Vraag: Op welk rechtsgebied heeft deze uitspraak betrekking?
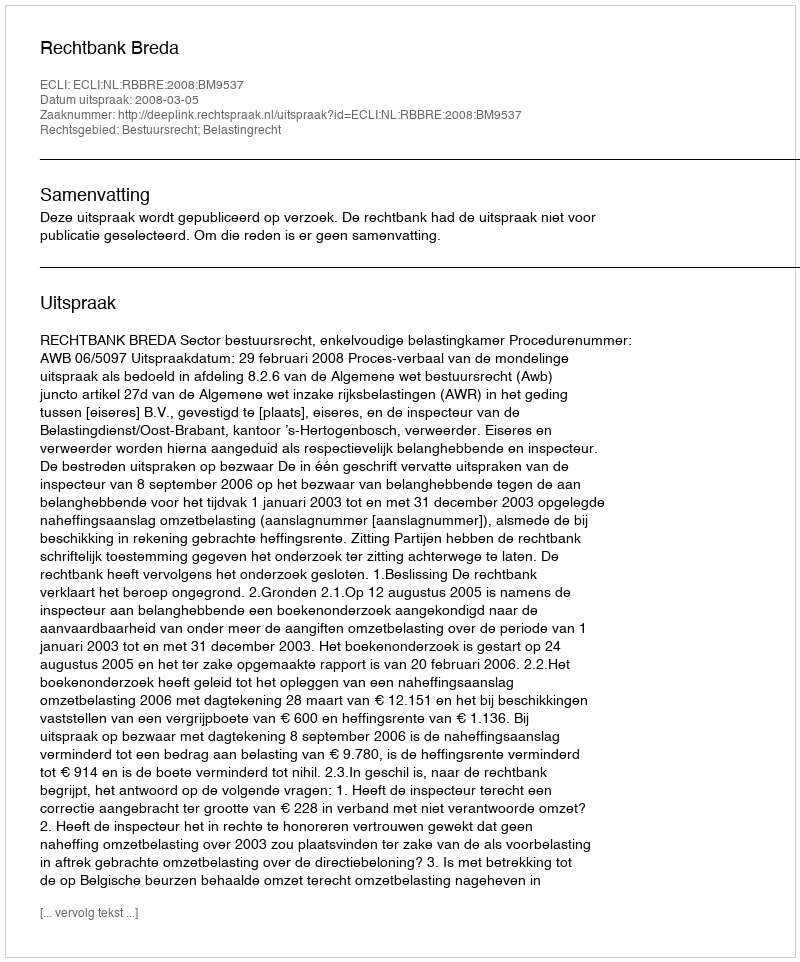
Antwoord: Bestuursrecht; Belastingrecht